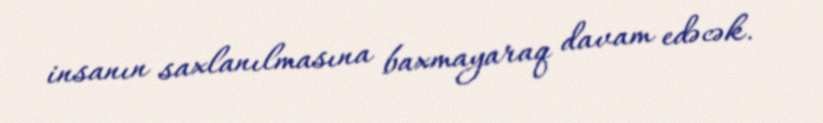
insanın saxlanılmasına baxmayaraq davam edəcək.